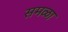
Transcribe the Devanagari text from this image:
समळा